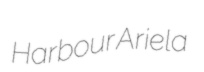
Harbour Ariela